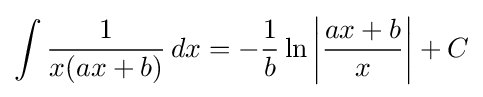
\int {\frac {1}{x(ax+b)}}\,dx=-{\frac {1}{b}}\ln \left|{\frac {ax+b}{x}}\right|+C